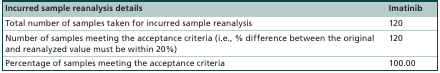
<table><thead><tr><td><b>Incurred sample reanalysis details</b></td><td><b>Imatinib</b></td></tr></thead><tbody><tr><td>Total number of samples taken for incurred sample reanalysis</td><td>120</td></tr><tr><td>Number of samples meeting the acceptance criteria (i.e., % difference between the original and reanalyzed value must be within 20%)</td><td>120</td></tr><tr><td>Percentage of samples meeting the acceptance criteria</td><td>100.00</td></tr></tbody></table>